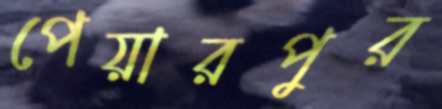
পেয়ারপুর